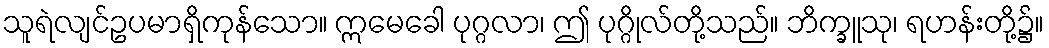
သူရဲလျင်ဥပမာရှိကုန်သော။ ဣမေခေါ ပုဂ္ဂလာ၊ ဤ ပုဂ္ဂိုလ်တို့သည်။ ဘိက္ခူသု၊ ရဟန်းတို့၌။